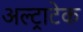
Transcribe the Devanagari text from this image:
अल्‍ट्राटेक